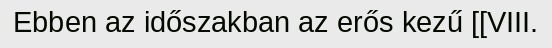
Ebben az időszakban az erős kezű [[VIII.